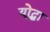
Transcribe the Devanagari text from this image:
यो्द्धा